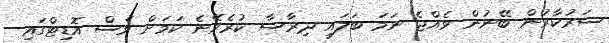
ސަރުކާރުން ބޭނުން ވެއްޖެ ނަމަ ބަލައި ދިރާސާ ކުރެވޭނެ ކަމަށް ވެސް އޮޑިޓްގައި